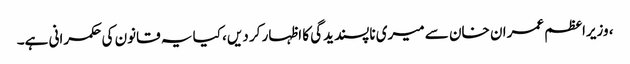
، وزیراعظم عمران خان سے میری ناپسندیدگی کا اظہار کر دیں، کیا یہ قانون کی حکمرانی ہے۔